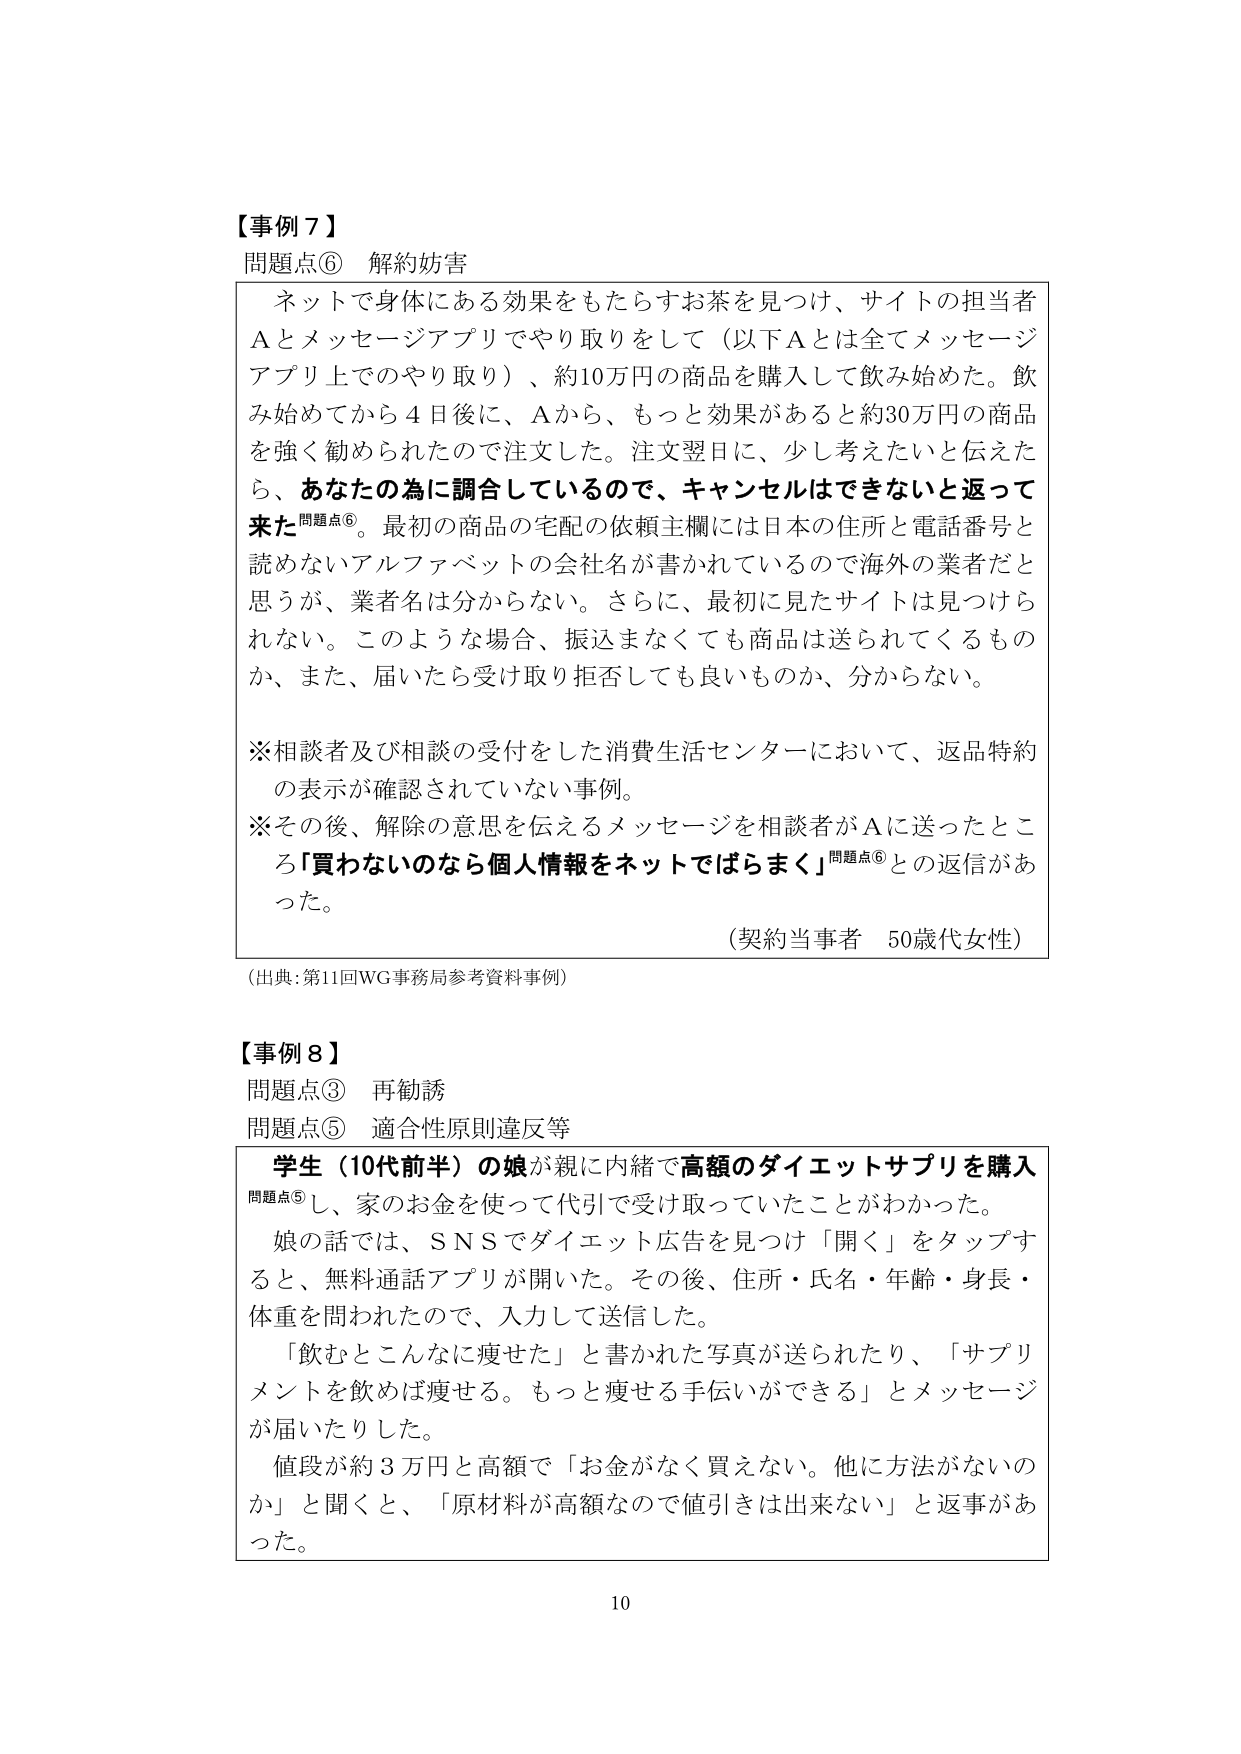
【事例７】
問題点⑥ 解約妨害

ネットで身体にある効果をもたらすお茶を見つけ、サイトの担当者Ａとメッセージアプリでやり取りをして（以下Ａとは全てメッセージアプリ上でのやり取り）、約10万円の商品を購入して飲み始めた。飲み始めてから４日後に、Ａから、もっと効果があると約30万円の商品を強く勧められたので注文した。注文翌日に、少し考えたいと伝えたら、あなたの為に調合しているので、キャンセルはできないと返って来た問題点⑥。最初の商品の宅配の依頼主欄には日本の住所と電話番号と読めないアルファベットの会社名が書かれているので海外の業者だと思うが、業者名は分からない。さらに、最初に見たサイトは見つけられない。このような場合、振込まなくても商品は送られてくるものか、また、届いたら受け取り拒否しても良いものか、分からない。

※相談者及び相談の受付をした消費生活センターにおいて、返品特約の表示が確認されていない事例。
※その後、解除の意思を伝えるメッセージを相談者がＡに送ったところ「買わないのなら個人情報をネットでばらまく」問題点⑥との返信があった。

（契約当事者 50歳代女性）
（出典：第11回WG事務局参考資料事例）

【事例８】
問題点③ 再勧誘
問題点⑤ 適合性原則違反等

学生（10代前半）の娘が親に内緒で高額のダイエットサプリを購入問題点⑤し、家のお金を使って代引で受け取っていたことがわかった。
娘の話では、ＳＮＳでダイエット広告を見つけ「開く」をタップすると、無料通話アプリが開いた。その後、住所・氏名・年齢・身長・体重を問われたので、入力して送信した。
「飲むとこんなに痩せた」と書かれた写真が送られたり、「サプリメントを飲めば痩せる。もっと痩せる手伝いができる」とメッセージが届いたりした。
値段が約３万円と高額で「お金がなく買えない。他に方法がないのか」と聞くと、「原材料が高額なので値引きは出来ない」と返事があった。

10